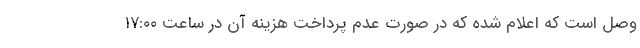
وصل است که اعلام شده که در صورت عدم پرداخت هزینه آن در ساعت ۱۷:۰۰